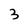
Character: 3